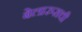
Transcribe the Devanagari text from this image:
बेलारुसची